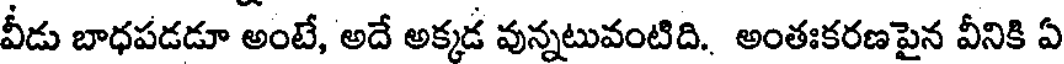
వీడు బాధపడడూ అంటే, అదే అక్కడ వున్నటువంటిది. అంతఃకరణపైన వీనికి ఏ